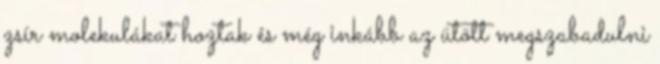
zsír molekulákat hoztak és még inkább az ütött megszabadulni